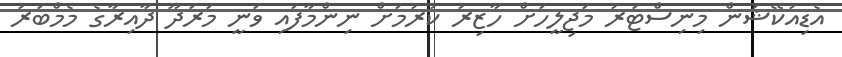
އެޑިއުކޭޝަން މިނިސްޓަރު މަޖިލީހަށް ހާޒިރު ކުރުމަށް ނިންމާފައި ވަނީ މަރަދޫ ދާއިރާގެ މެމްބަރު